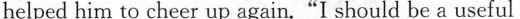
helped him to cheer up again."I should be a useful